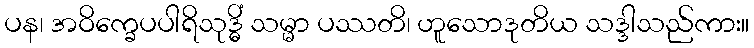
ပန၊ အဝိက္ခေပပါရိသုဒ္ဓိံ သမ္မာ ပဿတိ၊ ဟူသောဒုတိယ သဒ္ဒါသည်ကား။